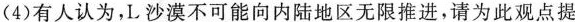
(4)有人认为，L沙漠不可能向内陆地区无限推进，请为此观点提